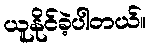
ယူနိုင်ခဲ့ပါတယ်။